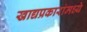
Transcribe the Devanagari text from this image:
खाद्यप्रकारांमध्ये